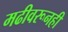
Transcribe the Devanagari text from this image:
मढीवरूनही